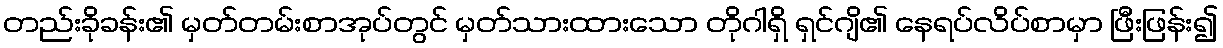
တည်းခိုခန်း၏ မှတ်တမ်းစာအုပ်တွင် မှတ်သားထားသော တိုဂါရှိ ရှင်ဂျိ၏ နေရပ်လိပ်စာမှာ ဖြီးဖြန်း၍